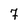
Character: 7